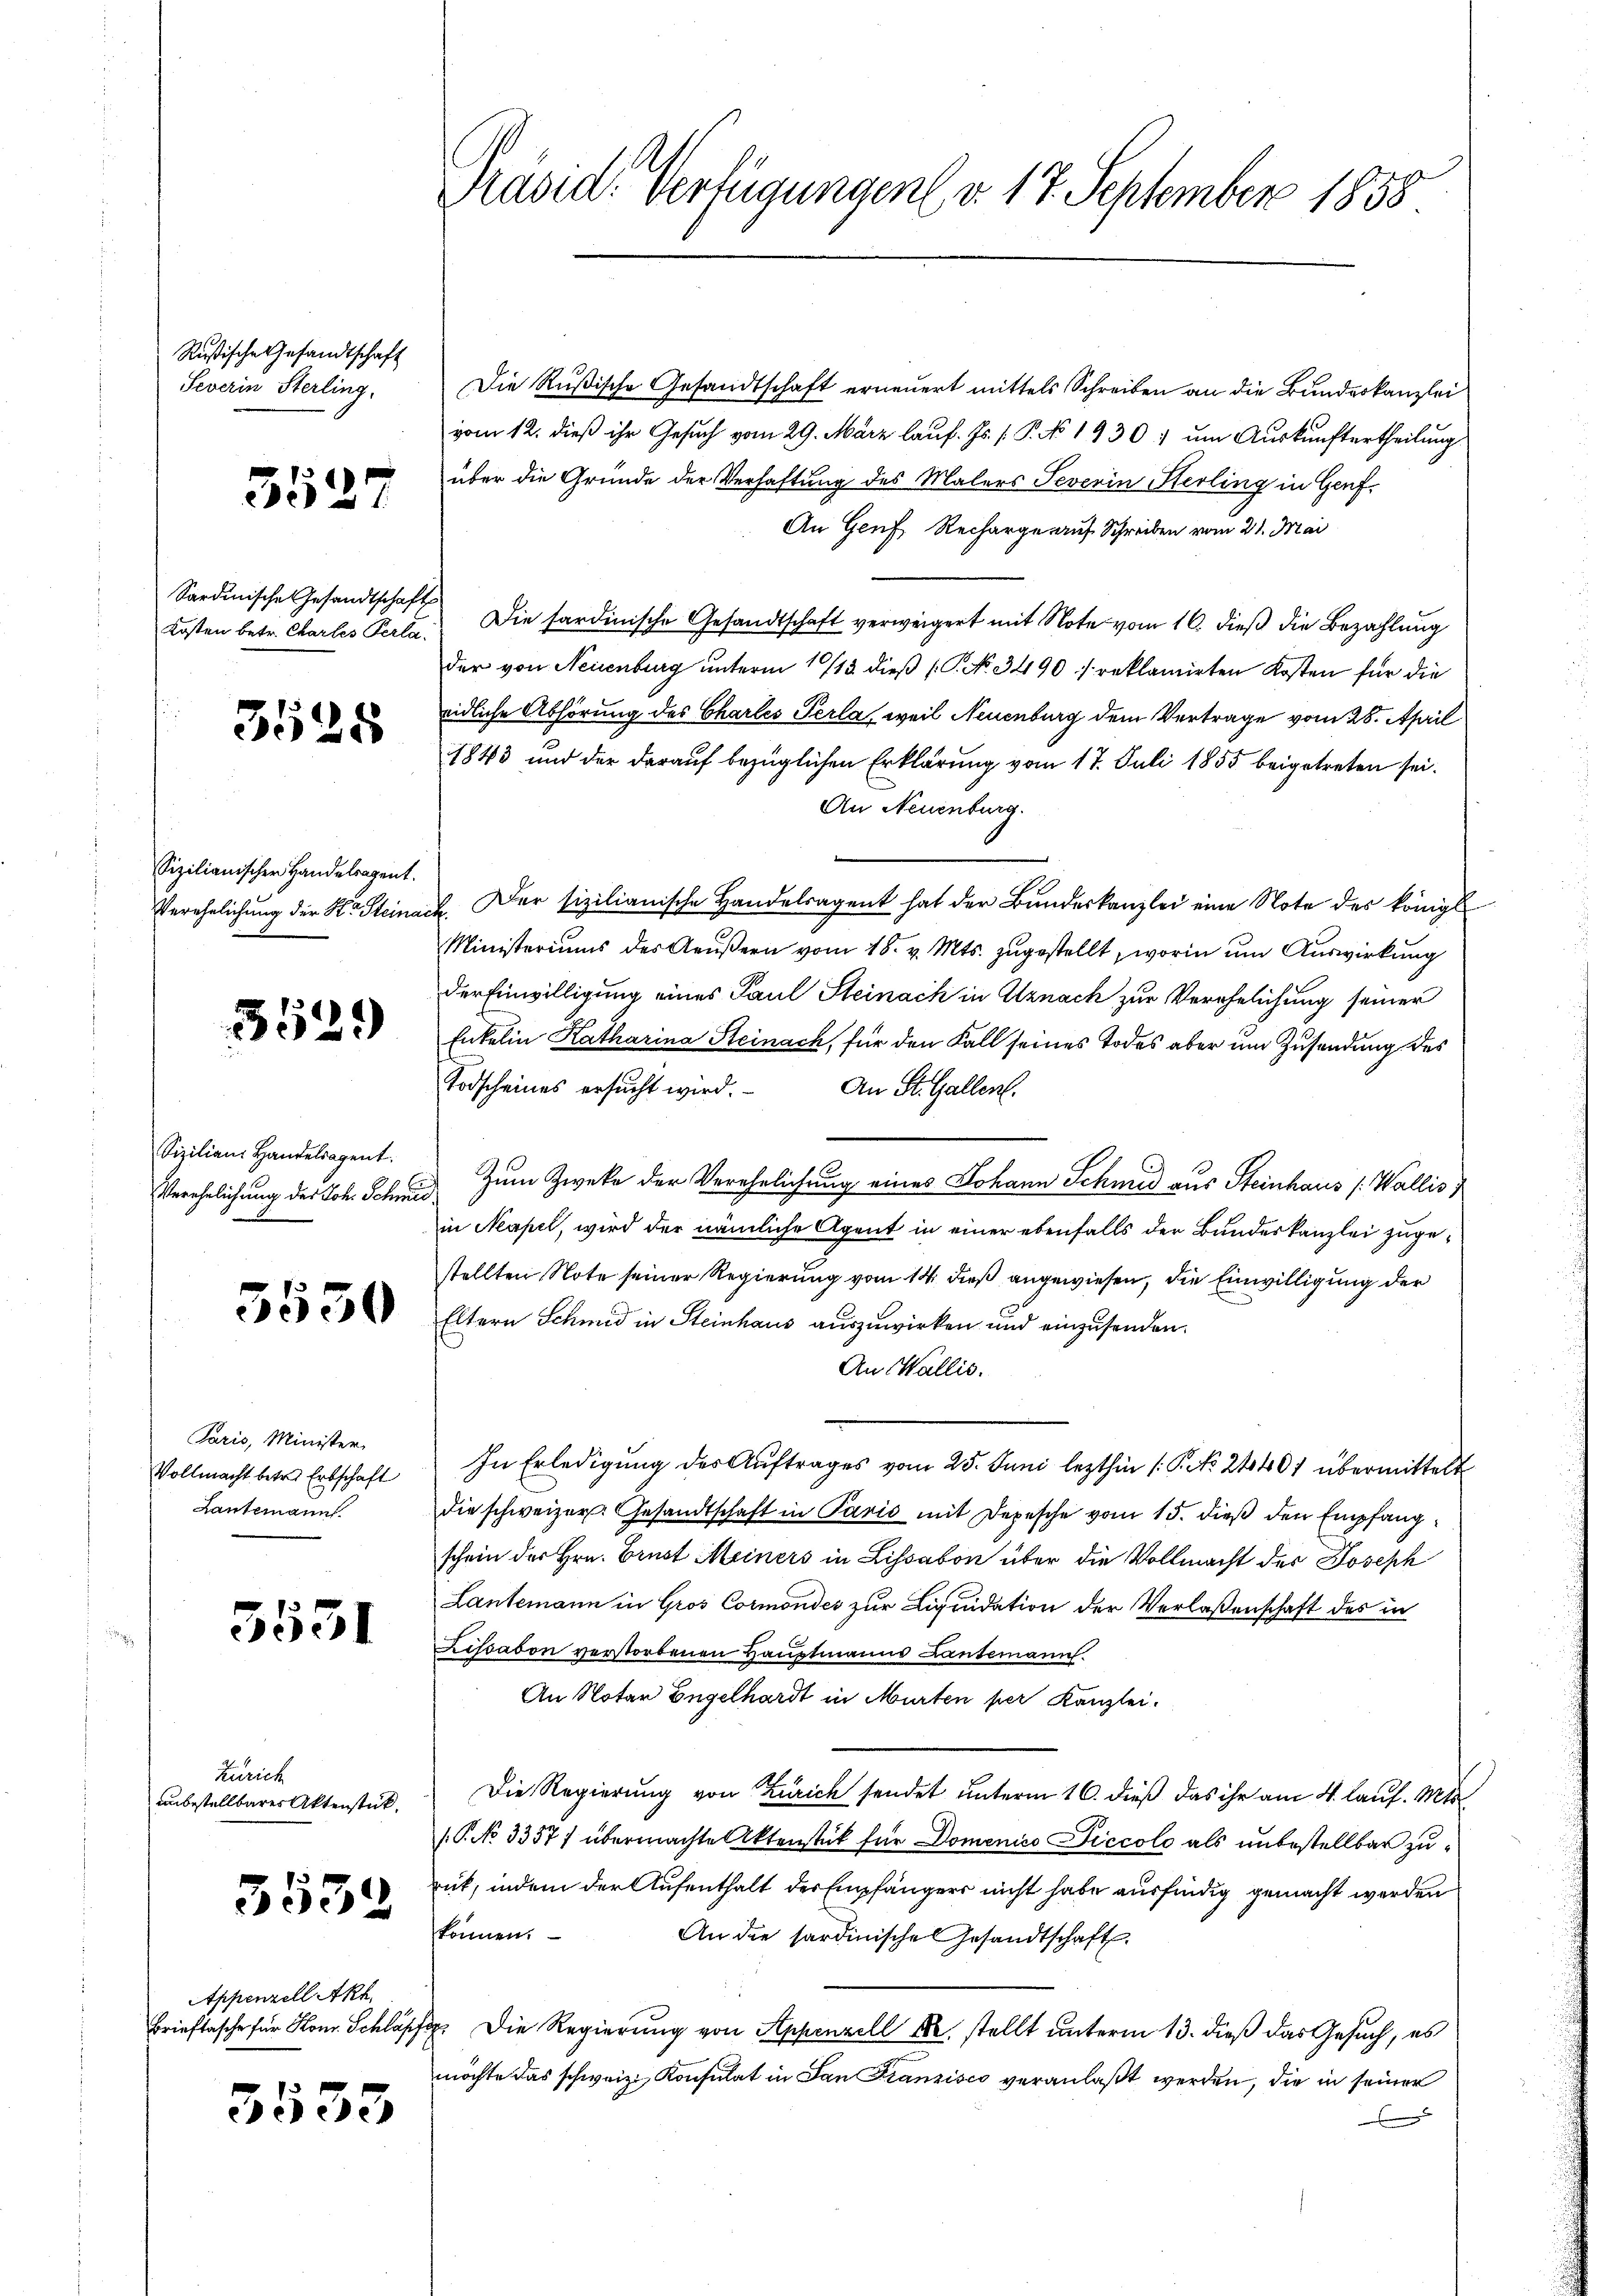
Rußische Gesandtschaft
Severin Sterling,

3527

Sardinische Gesandtschaft
Kosten betr. Chartes Perla

3528

Sizilianischer Handelregent.
Verehelichung der St. Steina

3529

Sizilian Handelsagent.
Verehelichung des Joh. Schmid

5530

Paris, Minister
Vollmacht betr. Erbschaft
Lantemann.

3531

Zürich
unbestellbarer Aktenstück.

3539

Appenzell Akt.
Brieftasche für Konr. Schläpfe

3533

Präsid. Verfügungen v. 17. September 1858

Die Rußische Gesandtschaft erneuert mittels Schreiben an die Bundeskanzlei
vom 12. dieß ihr Gesuch vom 29. März lauf. Js. [P. No 1930 ; um Auskunftertheilung
über die Gründe der Verhaftung des Malers Severin Herling in Genf.
An Genf, Recharge auf Schreiben vom 21. Mai
Die sardinische Gesandtschaft verweigert mit Note vom 16. dieß die Bezahlung
der von Neuenburg unterm 1/13 dieß (C. No. 3490 / reklamirten Kosten für die
eidliche Abhörung des Charles Perla, weil Neuenburg dem Vertrage vom 28. April
1843 und der darauf bezüglichen Erklärung vom 17. Juli 1855 beigetreten sei.
An Neuenburg.
1. Der sizilianische Handelsagent hat der Bundeskanzlei eine Note des königl.
Ministeriums des Aeŭβern vom 18. v. Mts. zugestellt, worin um Auswirkung
der Einwilligung eines Paul Steinach in Uznach zur Verehelichung seiner
Enkelin Katharina Steinach, für den Fall seines Todes aber um Zusendung des
Todscheines ersucht wird.
An St. Gallen.
Zum Zweke der Verehelichung eines Johann Schmid aus Steinhaus (Wallis,
in Neapel, wird der nämliche Agent in einer ebenfalls der Bundeskanzlei zugestellten Note seiner Regierung vom 14. dieß angewiesen, die Einwilligung der
Eltern Schmid in Steinhaus auszuwirken und einzusenden.
An Wallis.
In Erledigung des Auftrages vom 25. Juni lezthin (: P. No. 24401 übermittelt
die schweizer. Gesandtschaft in Paris mit Depesche vom 15. dieß den Empfangschein der Hrn. Brust Meiners in Lissabon über die Vollmacht der Joseph
Lantemann in Gros Cormonder zur Liquidation der Verlassenschaft des in
Lissabon verstorbenen Hauptmanns Landemann.
An Notar Engelhardt in Murten per Kanzlei.
Die Regierung von Zürich sendet unterm 16. dieß das ihr am 4. Lauf. Mts
P. No 33577 übermachte Aktenstück für Domenico Diccolo als unbestellbar zuüb, indem der Aufenthalt der Empfängers nicht habe ausfindig gemacht werden
können.
An die sardinische Gesandtschaft.
 Die Regierung von Appenzell er stellt unterm 13. dieß das Gesuch, es
nöchte das schweiz. Konsulat in San Franzisco veranlaßt werden, die in seiner